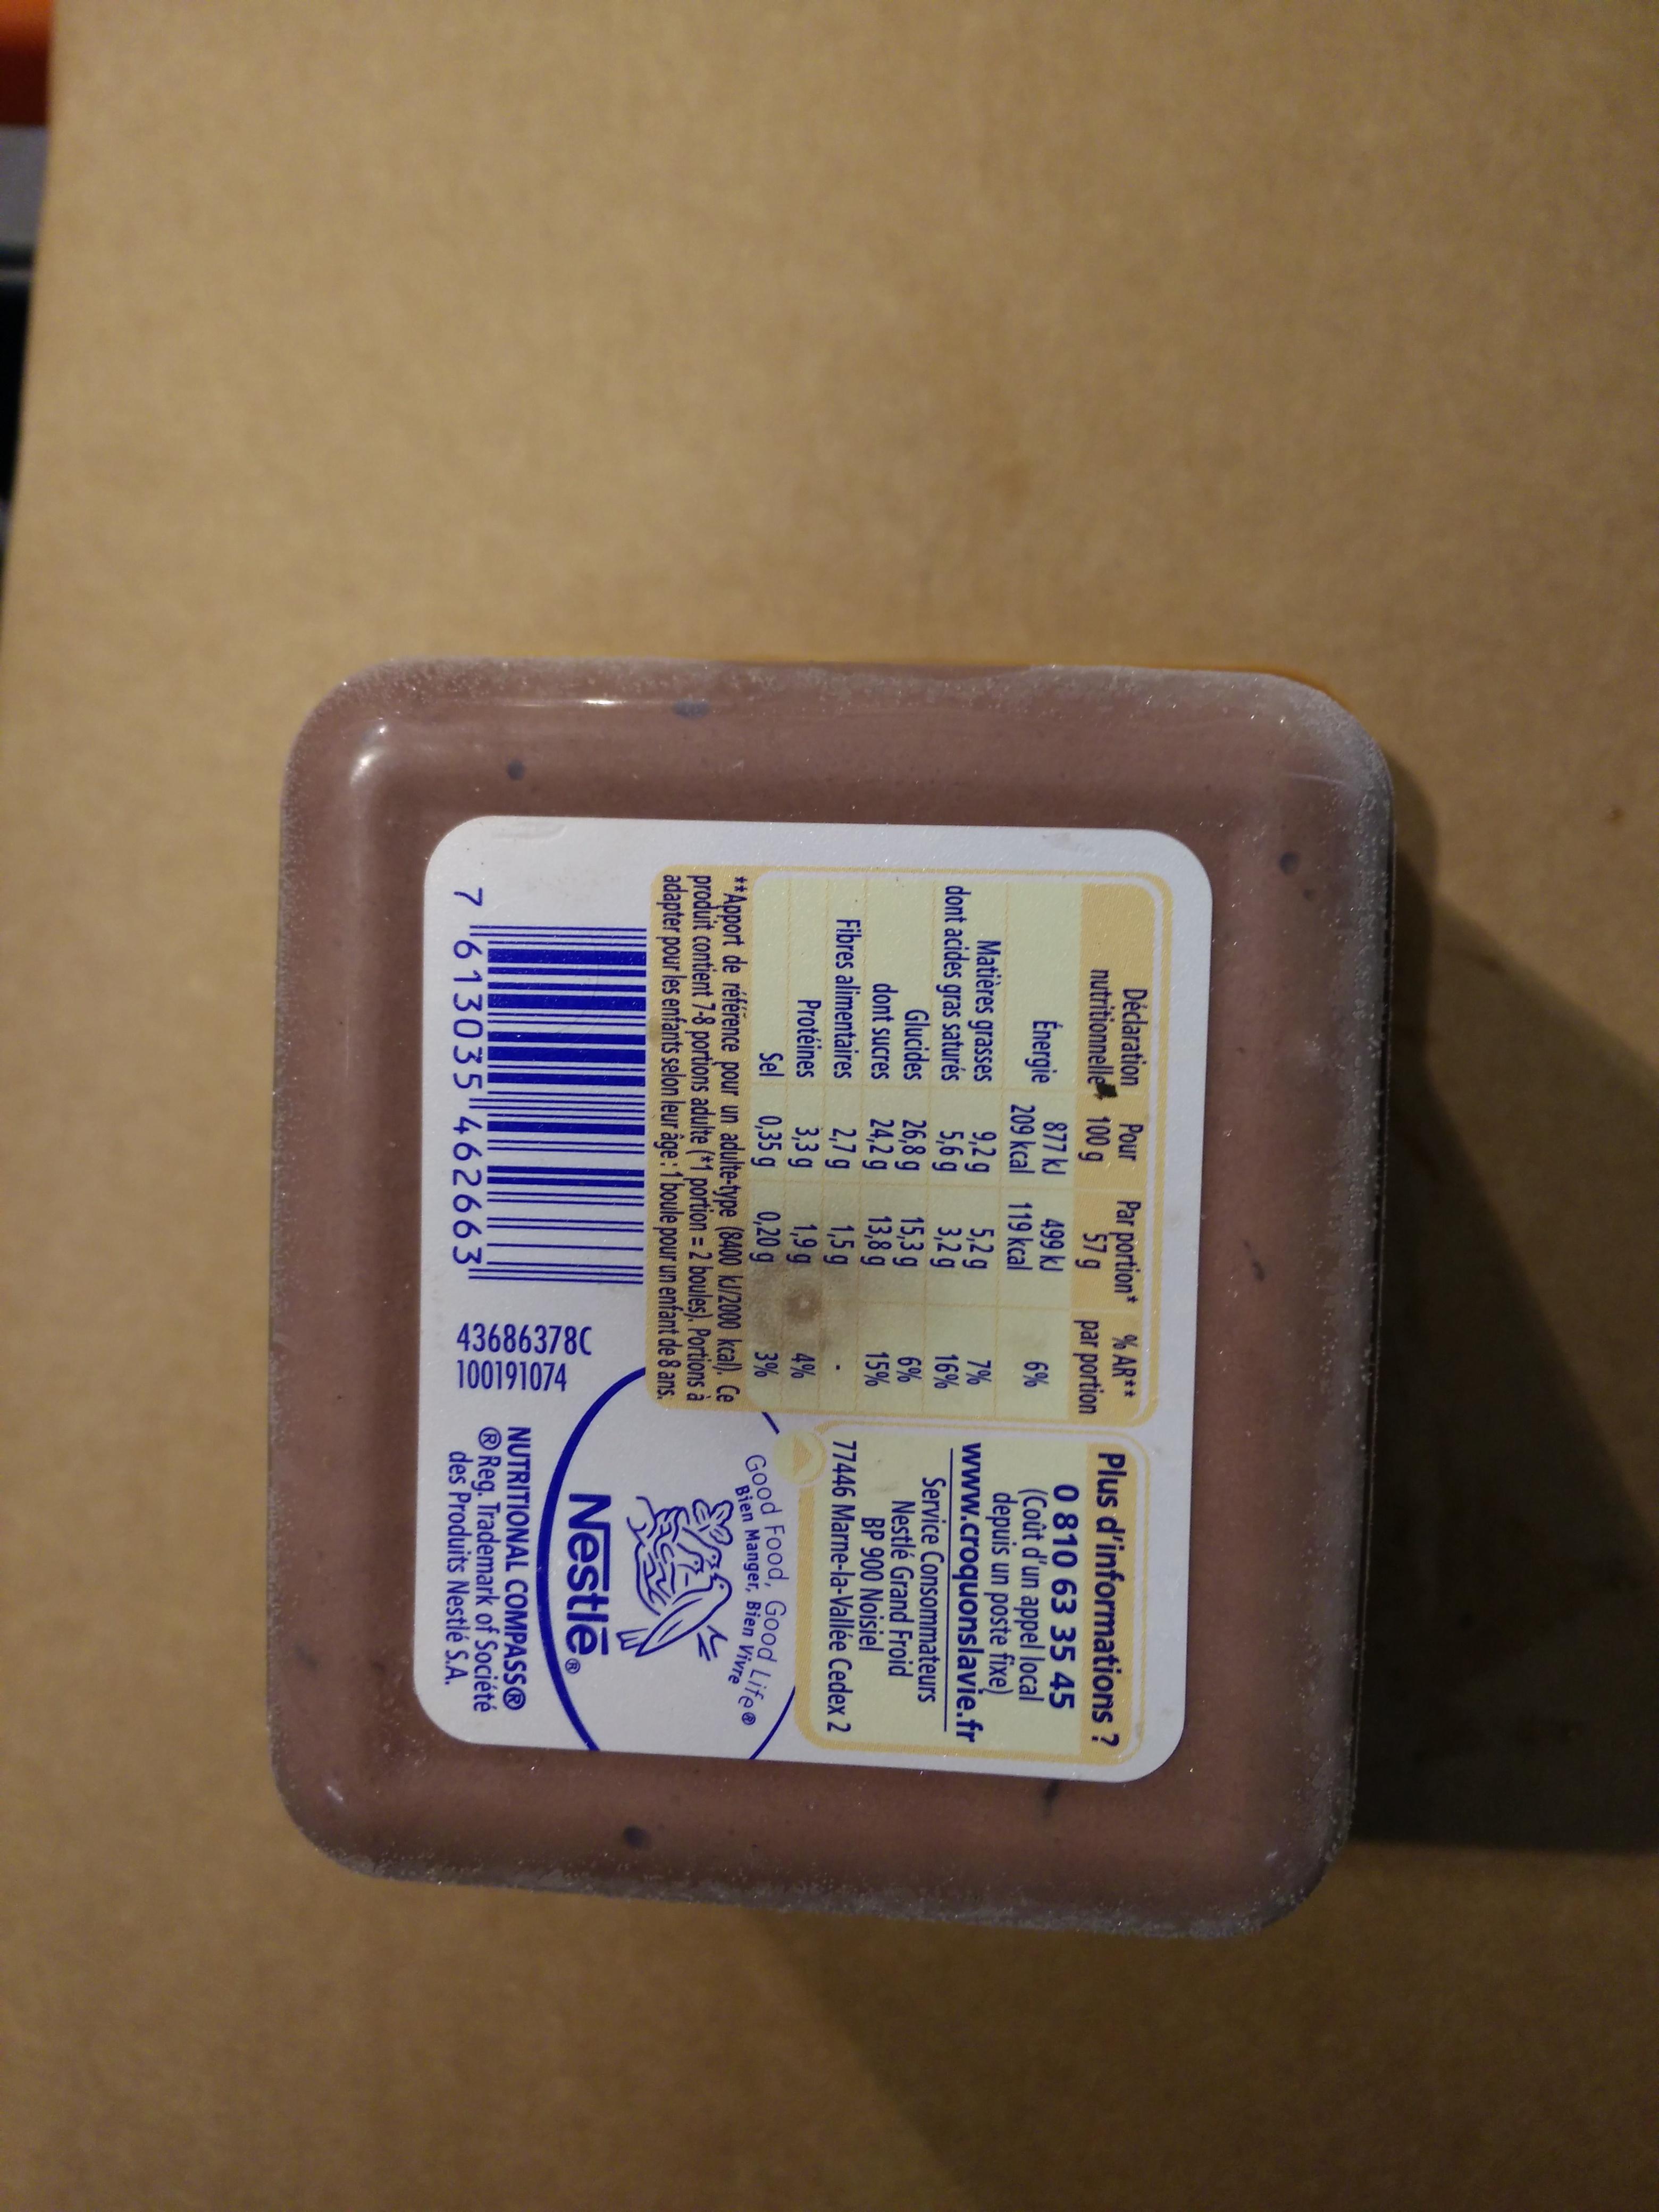
Déclaration Pour nutritionnelle 100 g
Énergie
Matières grasses
dont acides gras saturés
Glucides
dont sucres
Fibres alimentaires
Protéines
877 kJ
209 kcal
9,2 g
5,6 g
26,8 g
24,2 g
2,7 g
3,3 g
0,35 g
Par portion*
57 g
499 kJ
119 kcal
5,2 g
3,2 g
15,3 g
13,8 g
1,5 g
% AR** par portion
6%
7 613035462663
7%
16%
6%
15%
1,9 g
4%
Sel
0,20 g
3%
**Apport de référence pour un adulte-type (8400 kJ/2000 kcal). Ce
produit contient 7-8 portions adulte (*1 portion = 2 boules). Portions à adapter pour les enfants selon leur âge: 1 boule pour un enfant de 8 ans.
436863780
100191074
Plus d'informations ?
0 810 63 35 45 (Coût d'un appel local depuis un poste fixe)
www.croquonslavie.fr
Service Consommateurs
Nestlé Grand Froid
BP 900 Noisiel
77446 Marne-la-Vallée Cedex 2
Good Food, Good Life Bien Manger, Bien Vivre
Nestle Ⓡ
NUTRITIONAL COMPASSⓇ Reg. Trademark of Société des Produits Nestlé S.A.